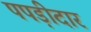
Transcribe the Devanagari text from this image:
पपड़ीदार